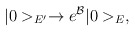
\begin{align*}|0>_{E'} \rightarrow e^{\cal B} |0>_E ,\end{align*}